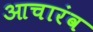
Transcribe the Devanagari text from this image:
आचारंव